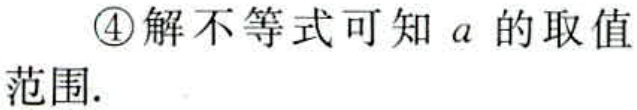
\textcircled{4}解不等式可知\(a\)的取值范围.